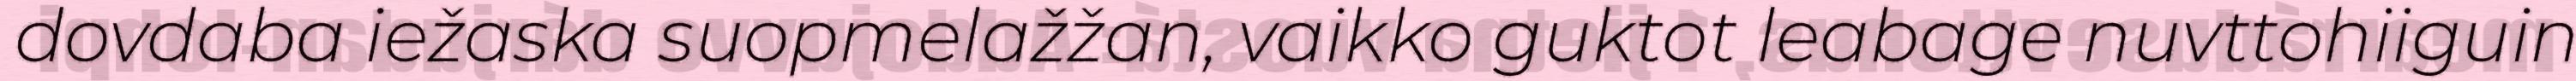
dovdaba iežaska suopmelažžan, vaikko guktot leabage nuvttohiiguin